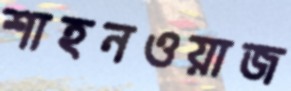
শাহনওয়াজ